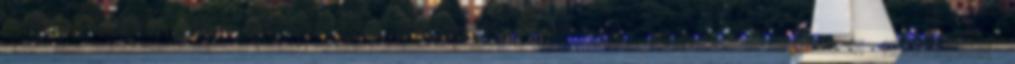
Jönnek a „jobot”-ok Felhasználási feltételek Honlapunk cookie-kat használ. Oldalunkra